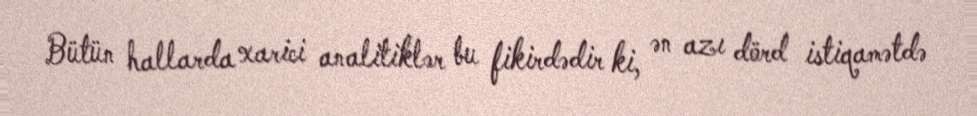
Bütün hallarda xarici analitiklər bu fikirdədir ki, ən azı dörd istiqamətdə